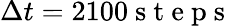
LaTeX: \Delta t=2100\mathrm{~s~t~e~p~s~}